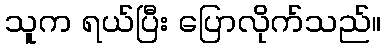
သူက ရယ်ပြီး ပြောလိုက်သည်။